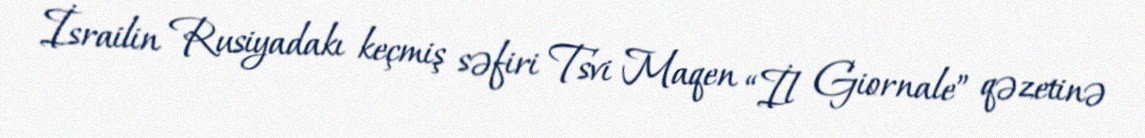
İsrailin Rusiyadakı keçmiş səfiri Tsvi Maqen “İl Giornale” qəzetinə